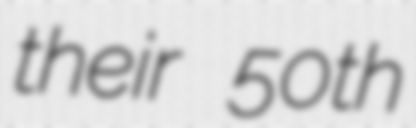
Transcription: their 50th